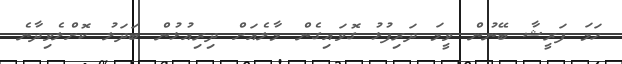
ހަމަ ފަރީޝާ ބޭނުން ވީމަ ދަރިފުޅު ގޮވައިގެން މާލެއަށް ދިރިއުޅުން ބަދަލު ކޮށްލެވިދާނެ